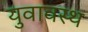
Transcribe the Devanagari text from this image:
युवावस्थ